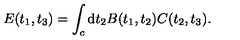
E ( t _ { 1 } , t _ { 3 } ) = \int _ { c } \mathrm { d } t _ { 2 } B ( t _ { 1 } , t _ { 2 } ) C ( t _ { 2 } , t _ { 3 } ) .